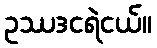
ဥဿဒငရဲငယ်။